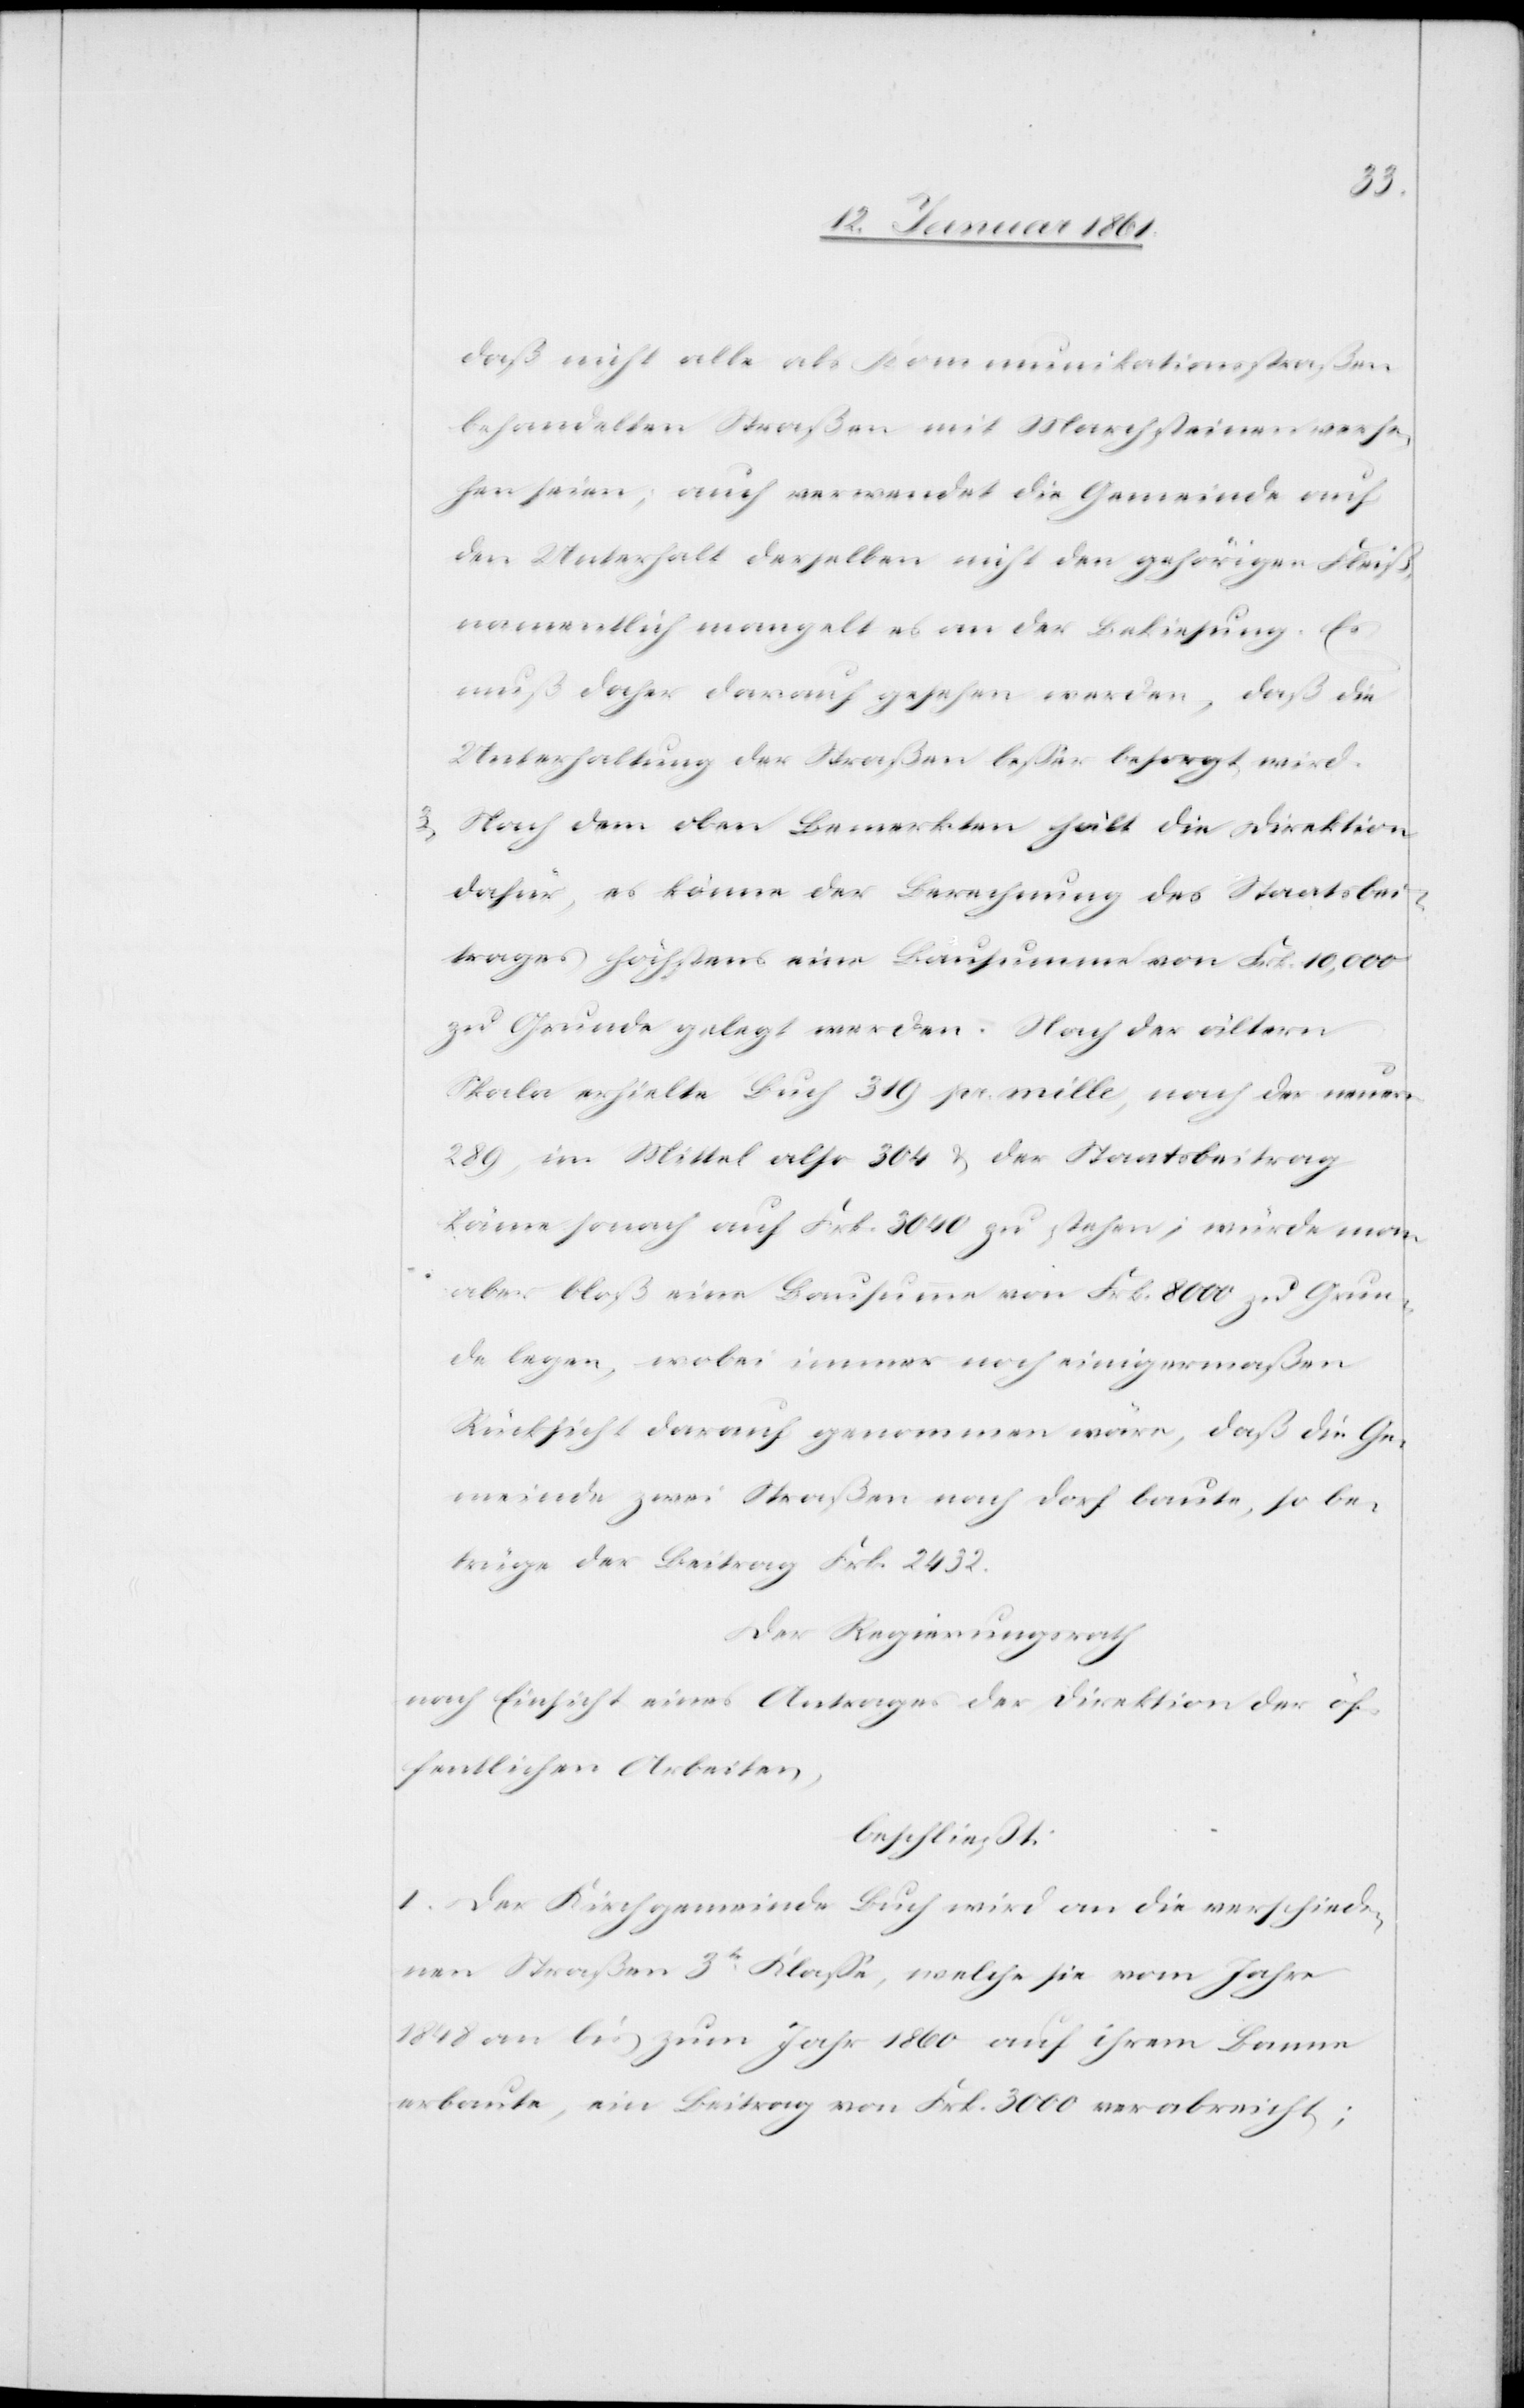
daß nicht alle als Kommunikationsstrassen
behandelten Straßen mit Marchsteinen verse¬
hen seien, auch verwendet die Gemeinde auf
den Unterhalt derselben nicht den gehörigen Fleiß,
namentlich mangelt es an der Bekiesung. Es
muß daher darauf gesehen werden, daß die
Unterhaltung der Straßen besser besorgt wird.
3) Nach dem oben Bemerkten hält die Direktion
dafür, es könne der Berechnung des Staatsbei¬
trages höchstens eine Bausumme von Frk. 10,000
zu Grunde gelegt werden. Nach der ältern
Skala erhielte Buch 319 pr. mille, nach der neuern
289, im Mittel also 304 u. der Staatsbeitrag
käme sonach auf Frk. 3040 zu stehen; würde man
aber bloß eine Bausumme von Frk. 8000 zu Grun¬
de legen, wobei immer noch einigermaßen
Rücksicht darauf genommen wäre, daß die Ge¬
meinde zwei Straßen nach Dorf baute, so be¬
trüge der Betrag Frk. 2432.
Der Regierungsrath
nach Einsicht eines Antrages der Direktion der öf¬
fentlichen Arbeiten,
beschliesst:
I. Der Kirchgemeinde Buch wird an die verschiede¬
nen Straßen 3tr Klasse, welche sie vom Jahr
1848 an bis zum Jahr 1860 auf ihrem Banne
erbaute, ein Beitrag von Frk. 3000 verabreicht;